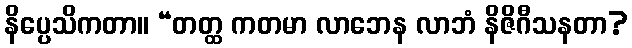
နိပ္ပေသိကတာ။ “တတ္ထ ကတမာ လာဘေန လာဘံ နိဇိဂီသနတာ?